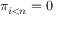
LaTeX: \pi _ { i < n } = 0